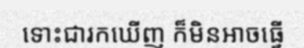
ទោះជារកឃើញ ក៏មិនអាចធ្វើ